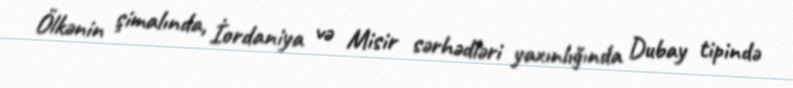
Ölkənin şimalında, İordaniya və Misir sərhədləri yaxınlığında Dubay tipində